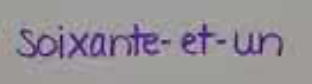
Soixante-et-un